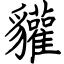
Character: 貛